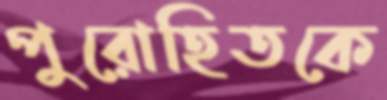
পুরোহিতকে